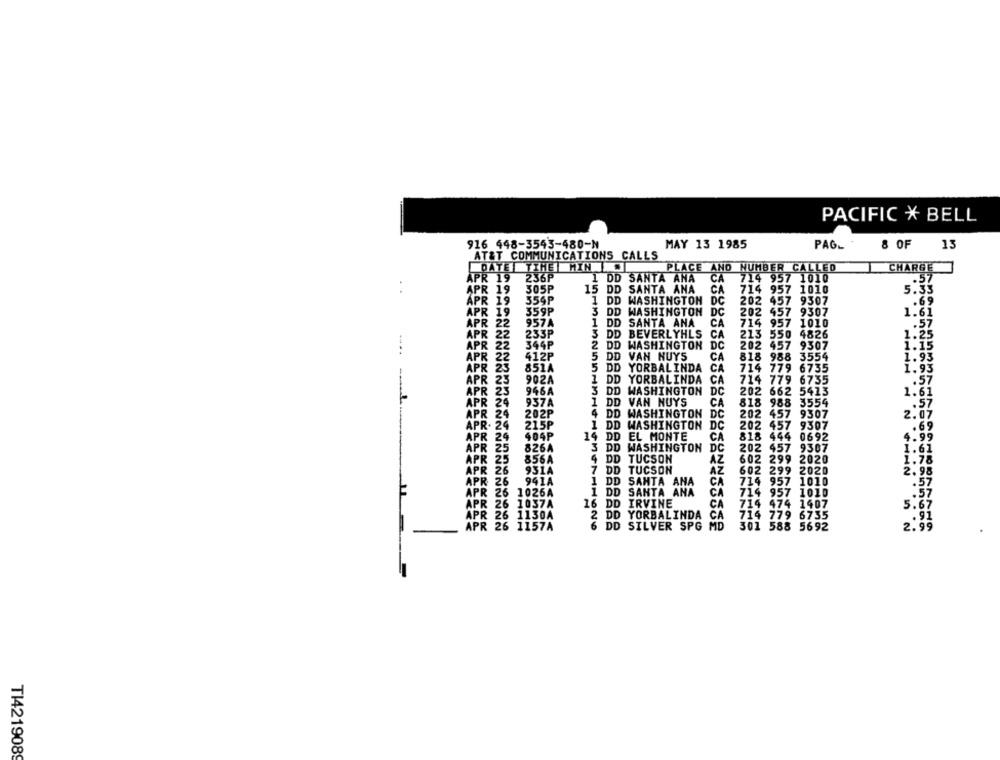
PACIFIC * BELL
916 448-3543-480-N
MAY 13 1985
PAG_
8 OF
13
AT&T COMMUNICATIONS CALLS
DATE TTHE MIN .
PLACE AND NUMBER CALLED
CHARGE
APR 19
236P
1 DD SANTA ANA
CA
714 957 1010
.57
APR 19
305P
15 DD SANTA ANA
CA
714 957 1010
5.33
APR 19
359P
1 DD WASHINGTON
DC
202 457 9307
.. 69
APR 19
359P
3 DD WASHINGTON DC
202 457 9307
1.61
APR 22
957A
1 DD SANTA ANA
CA
714 957 1010
.57
APR 22
233P
3 DD BEVERLYHLS
CA
213 550 4826
1.25
APR 22
344P
2 DD WASHINGTON DC
202 457 9307
1.15
APR 22
412P
5 DD VAN NUYS
CA
818 988 3554
1.93
APR 23
851A
5 DD YORBALINDA
CA
714 779 6735
1.93
APR 23
902A
1 DD YORBALINDA
CA
714 779 6735
.57
APR 23
NNNN
946A
3 DD WASHINGTON DC
202 662 5413
1.61
APR 24
937A
1 DD VAN NUYS
CA
818 988 3554
.57
APR 24
202P
4 DD WASHINGTON DC
202 457 9307
2.09
APR. 24
215P
1 DD WASHINGTON DC
202 457 9307
.69
APR 24
404P
14 DD EL MONTE
CA
818 444 0692
4.99
APR 25
826A
3 DD WASHINGTON
DC
202 457 9307
1.61
APR 25
856A
4 DD TUCSON
AZ
602 299 2020
1.78
APR 26
931A
7 DD TUCSON
AZ
602 299 2020
2.98
CA
APR 26
941A
1 DD SANTA ANA
714 957 1010
APR 26 1026A
1 DD SANTA ANA
CA
714 957 1010
APR 26 1037A
16 DD IRVINE
CA
714 474 1407
APR 26 1130A
2 DD YORBALINDA CA
714 779 6735
APR 26 1157A
6 DD SILVER SPG MD
301 588 5692
2.'
TI4219089